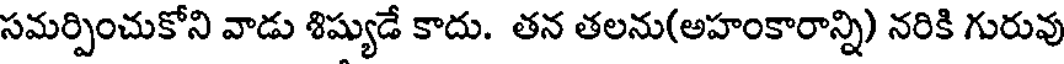
సమర్పించుకోని వాడు శిష్యుడే కాదు. తన తలను(అహంకారాన్ని) నరికి గురువు